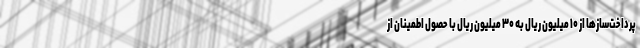
پرداخت‌سازها از ۱۰ میلیون ریال به ۳۰ میلیون ریال با حصول اطمینان از